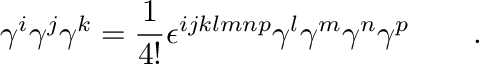
\gamma ^ { i } \gamma ^ { j } \gamma ^ { k } = \frac { 1 } { 4 ! } \epsilon ^ { i j k l m n p } \gamma ^ { l } \gamma ^ { m } \gamma ^ { n } \gamma ^ { p } \qquad .